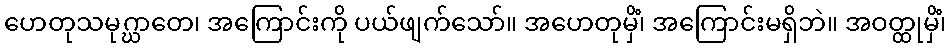
ဟေတုသမုဂ္ဃာတေ၊ အကြောင်းကို ပယ်ဖျက်သော်။ အဟေတုမှိံ၊ အကြောင်းမရှိဘဲ။ အဝတ္ထုမှိံ၊